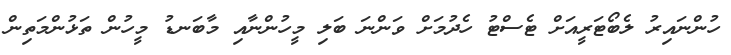
ހުންނައިރު ލެބޯޓަރީއަށް ޓެސްޓު ހެދުމަށް ވަންނަ ބަލި މީހުންނާއި މާބަނޑު މީހުން ތަޅުންމަތިން